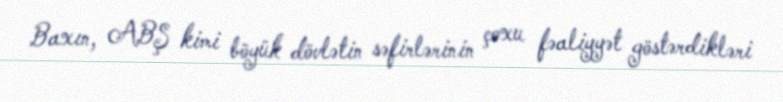
Baxın, ABŞ kimi böyük dövlətin səfirlərinin çoxu fəaliyyət göstərdikləri